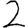
Digit: 2